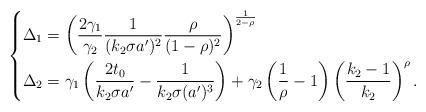
LaTeX: \begin{align*}\left\{\begin{aligned}&\Delta_1=\left(\frac{2\gamma_1}{\gamma_2}\frac{1}{(k_2\sigma a')^{2}}\frac{\rho}{(1-\rho)^{2}}\right)^{\frac{1}{2-\rho}}\\&\Delta_2=\gamma_1\left(\frac{2t_0}{k_2\sigma a'}-\frac{1}{k_2\sigma (a')^{3}}\right)+\gamma_2\left(\frac{1}{\rho}-1\right)\left(\frac{k_2-1}{k_2}\right)^{\rho}.\end{aligned}\right.\end{align*}